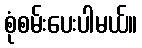
စုံစမ်းပေးပါမယ်။